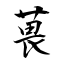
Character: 葨